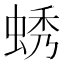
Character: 蜏